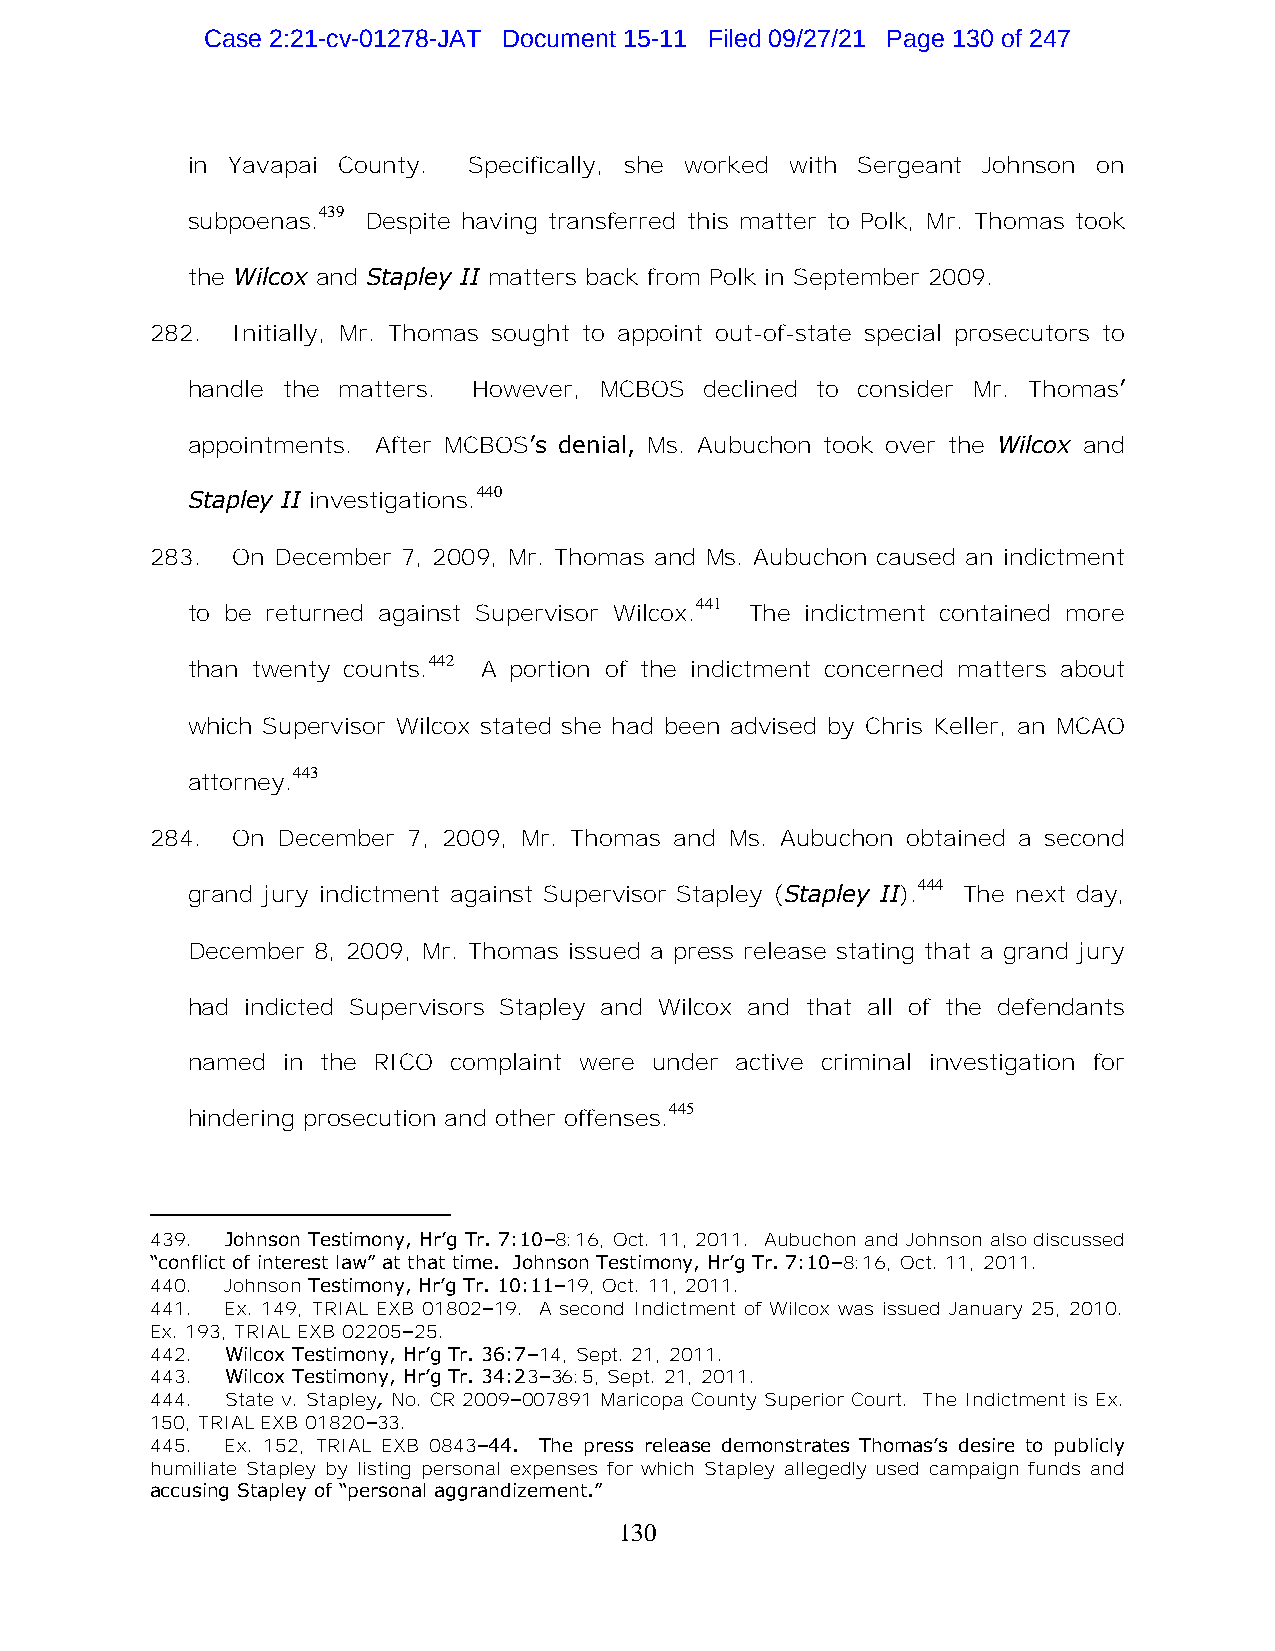
Case 2:21-cv-01278-JAT Document 15-11 Filed 09/27/21 Page 130 of 247
 in Yavapai County. Specifically, she worked with Sergeant Johnson on
 439
 subpoenas.  Despite having transferred this matter to Polk, Mr. Thomas took
 the Wilcox and Stapley II matters back from Polk in September 2009.
 282. Initially, Mr. Thomas sought to appoint out-of-state special prosecutors to
 handle the matters. However, MCBOS declined to consider Mr. Thomas’
 appointments. After MCBOS’s denial, Ms. Aubuchon took over the Wilcox and
 440
 Stapley II investigations.
 283. On December 7, 2009, Mr. Thomas and Ms. Aubuchon caused an indictment
 441
 to be returned against Supervisor Wilcox. The indictment contained more
 442
 than twenty counts. A portion of the indictment concerned matters about
 which Supervisor Wilcox stated she had been advised by Chris Keller, an MCAO
 443
 attorney.
 284. On December 7, 2009, Mr. Thomas and Ms. Aubuchon obtained a second
 444
 grand jury indictment against Supervisor Stapley (Stapley II). The next day,
 December 8, 2009, Mr. Thomas issued a press release stating that a grand jury
 had indicted Supervisors Stapley and Wilcox and that all of the defendants
 named  in the RICO complaint were under active criminal investigation for
 445
 hindering prosecution and other offenses.
 439. Johnson Testimony, Hr’g Tr. 7:10–8:16, Oct. 11, 2011. Aubuchon and Johnson also discussed
 “conflict of interest law” at that time. Johnson Testimony, Hr’g Tr. 7:10–8:16, Oct. 11, 2011.
 440. Johnson Testimony, Hr’g Tr. 10:11–19, Oct. 11, 2011.
 441. Ex. 149, TRIAL EXB 01802–19. A second Indictment of Wilcox was issued January 25, 2010.
 Ex. 193, TRIAL EXB 02205–25.
 442. Wilcox Testimony, Hr’g Tr. 36:7–14, Sept. 21, 2011.
 443. Wilcox Testimony, Hr’g Tr. 34:23–36:5, Sept. 21, 2011.
 444. State v. Stapley, No. CR 2009–007891 Maricopa County Superior Court. The Indictment is Ex.
 150, TRIAL EXB 01820–33.
 445. Ex. 152, TRIAL EXB 0843–44. The press release demonstrates Thomas’s desire to publicly
 humiliate Stapley by listing personal expenses for which Stapley allegedly used campaign funds and
 accusing Stapley of “personal aggrandizement.”
 130